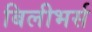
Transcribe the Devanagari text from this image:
बिलीभर्स